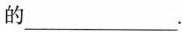
的___.